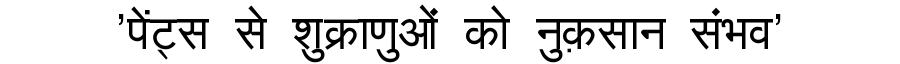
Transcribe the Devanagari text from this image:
'पेंट्स से शुक्राणुओं को नुक़सान संभव'